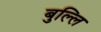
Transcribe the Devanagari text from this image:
बुल्लि